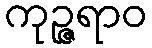
ကုဉ္ဇရာဝ